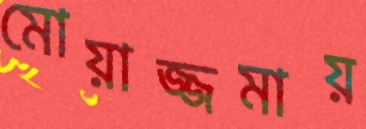
মোয়াজ্জমায়